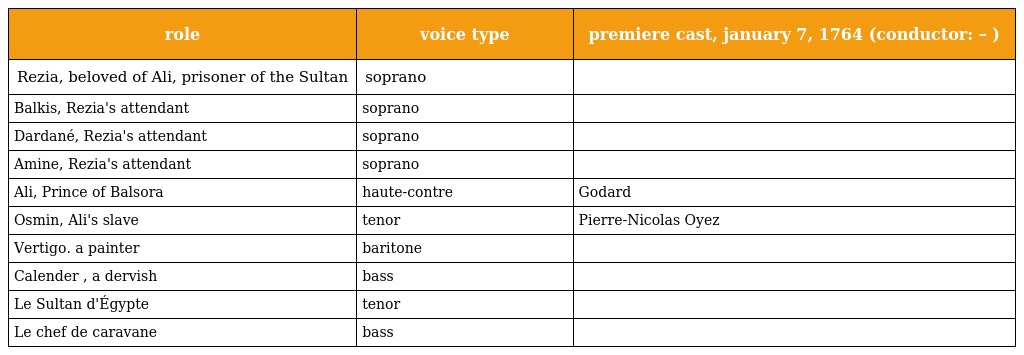
| role | voice type | premiere cast, january 7, 1764 (conductor: – ) |
 | --- | --- | --- |
 | Rezia, beloved of Ali, prisoner of the Sultan | soprano |  |
 | Balkis, Rezia's attendant | soprano |  |
 | Dardané, Rezia's attendant | soprano |  |
 | Amine, Rezia's attendant | soprano |  |
 | Ali, Prince of Balsora | haute-contre | Godard |
 | Osmin, Ali's slave | tenor | Pierre-Nicolas Oyez |
 | Vertigo. a painter | baritone |  |
 | Calender , a dervish | bass |  |
 | Le Sultan d'Égypte | tenor |  |
 | Le chef de caravane | bass |  |